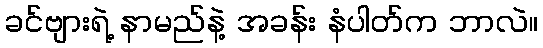
ခင်ဗျားရဲ့ နာမည်နဲ့ အခန်း နံပါတ်က ဘာလဲ။